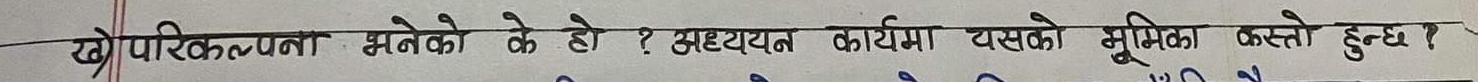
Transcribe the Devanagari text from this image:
ख) परिकल्पना भनेको के हो ? अध्ययन कार्यमा यसको भूमिका कस्तो हुन्छ ?